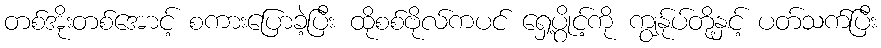
တစ်အိုးတစ်အောင့် စကားပြောခဲ့ပြီး ထိုစစ်ဗိုလ်ကပင် ရှေ့ပွိုင့်ကို ကျွန်ုပ်တို့နှင့် ပတ်သက်ပြီး